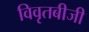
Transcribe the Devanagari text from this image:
विवृतबीजी